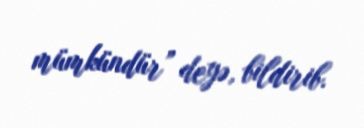
mümkündür” deyə, bildirib.